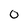
Character: 0